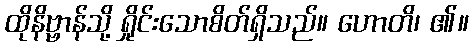
ထိုနိဗ္ဗာန်သို့ ရှိုင်းသောစိတ်ရှိသည်။ ဟောတိ၊ ၏။